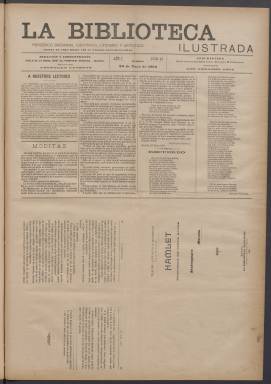
Título: La Biblioteca ilustrada
Colección: Cultura || Literatura
Ámbito geográfico: Madrid
Lugar de publicación: Madrid
Fechas: 30/05/1903-02/05/1906